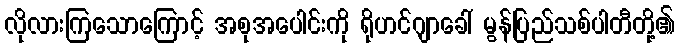
လိုလားကြသောကြောင့် အစုအပေါင်းကို ရိုဟင်ဂျာခေါ် မွန်ပြည်သစ်ပါတီတို့၏